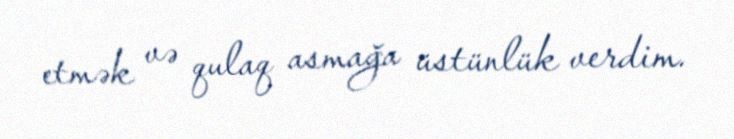
etmək və qulaq asmağa üstünlük verdim.